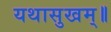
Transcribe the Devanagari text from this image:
यथासुखम्॥